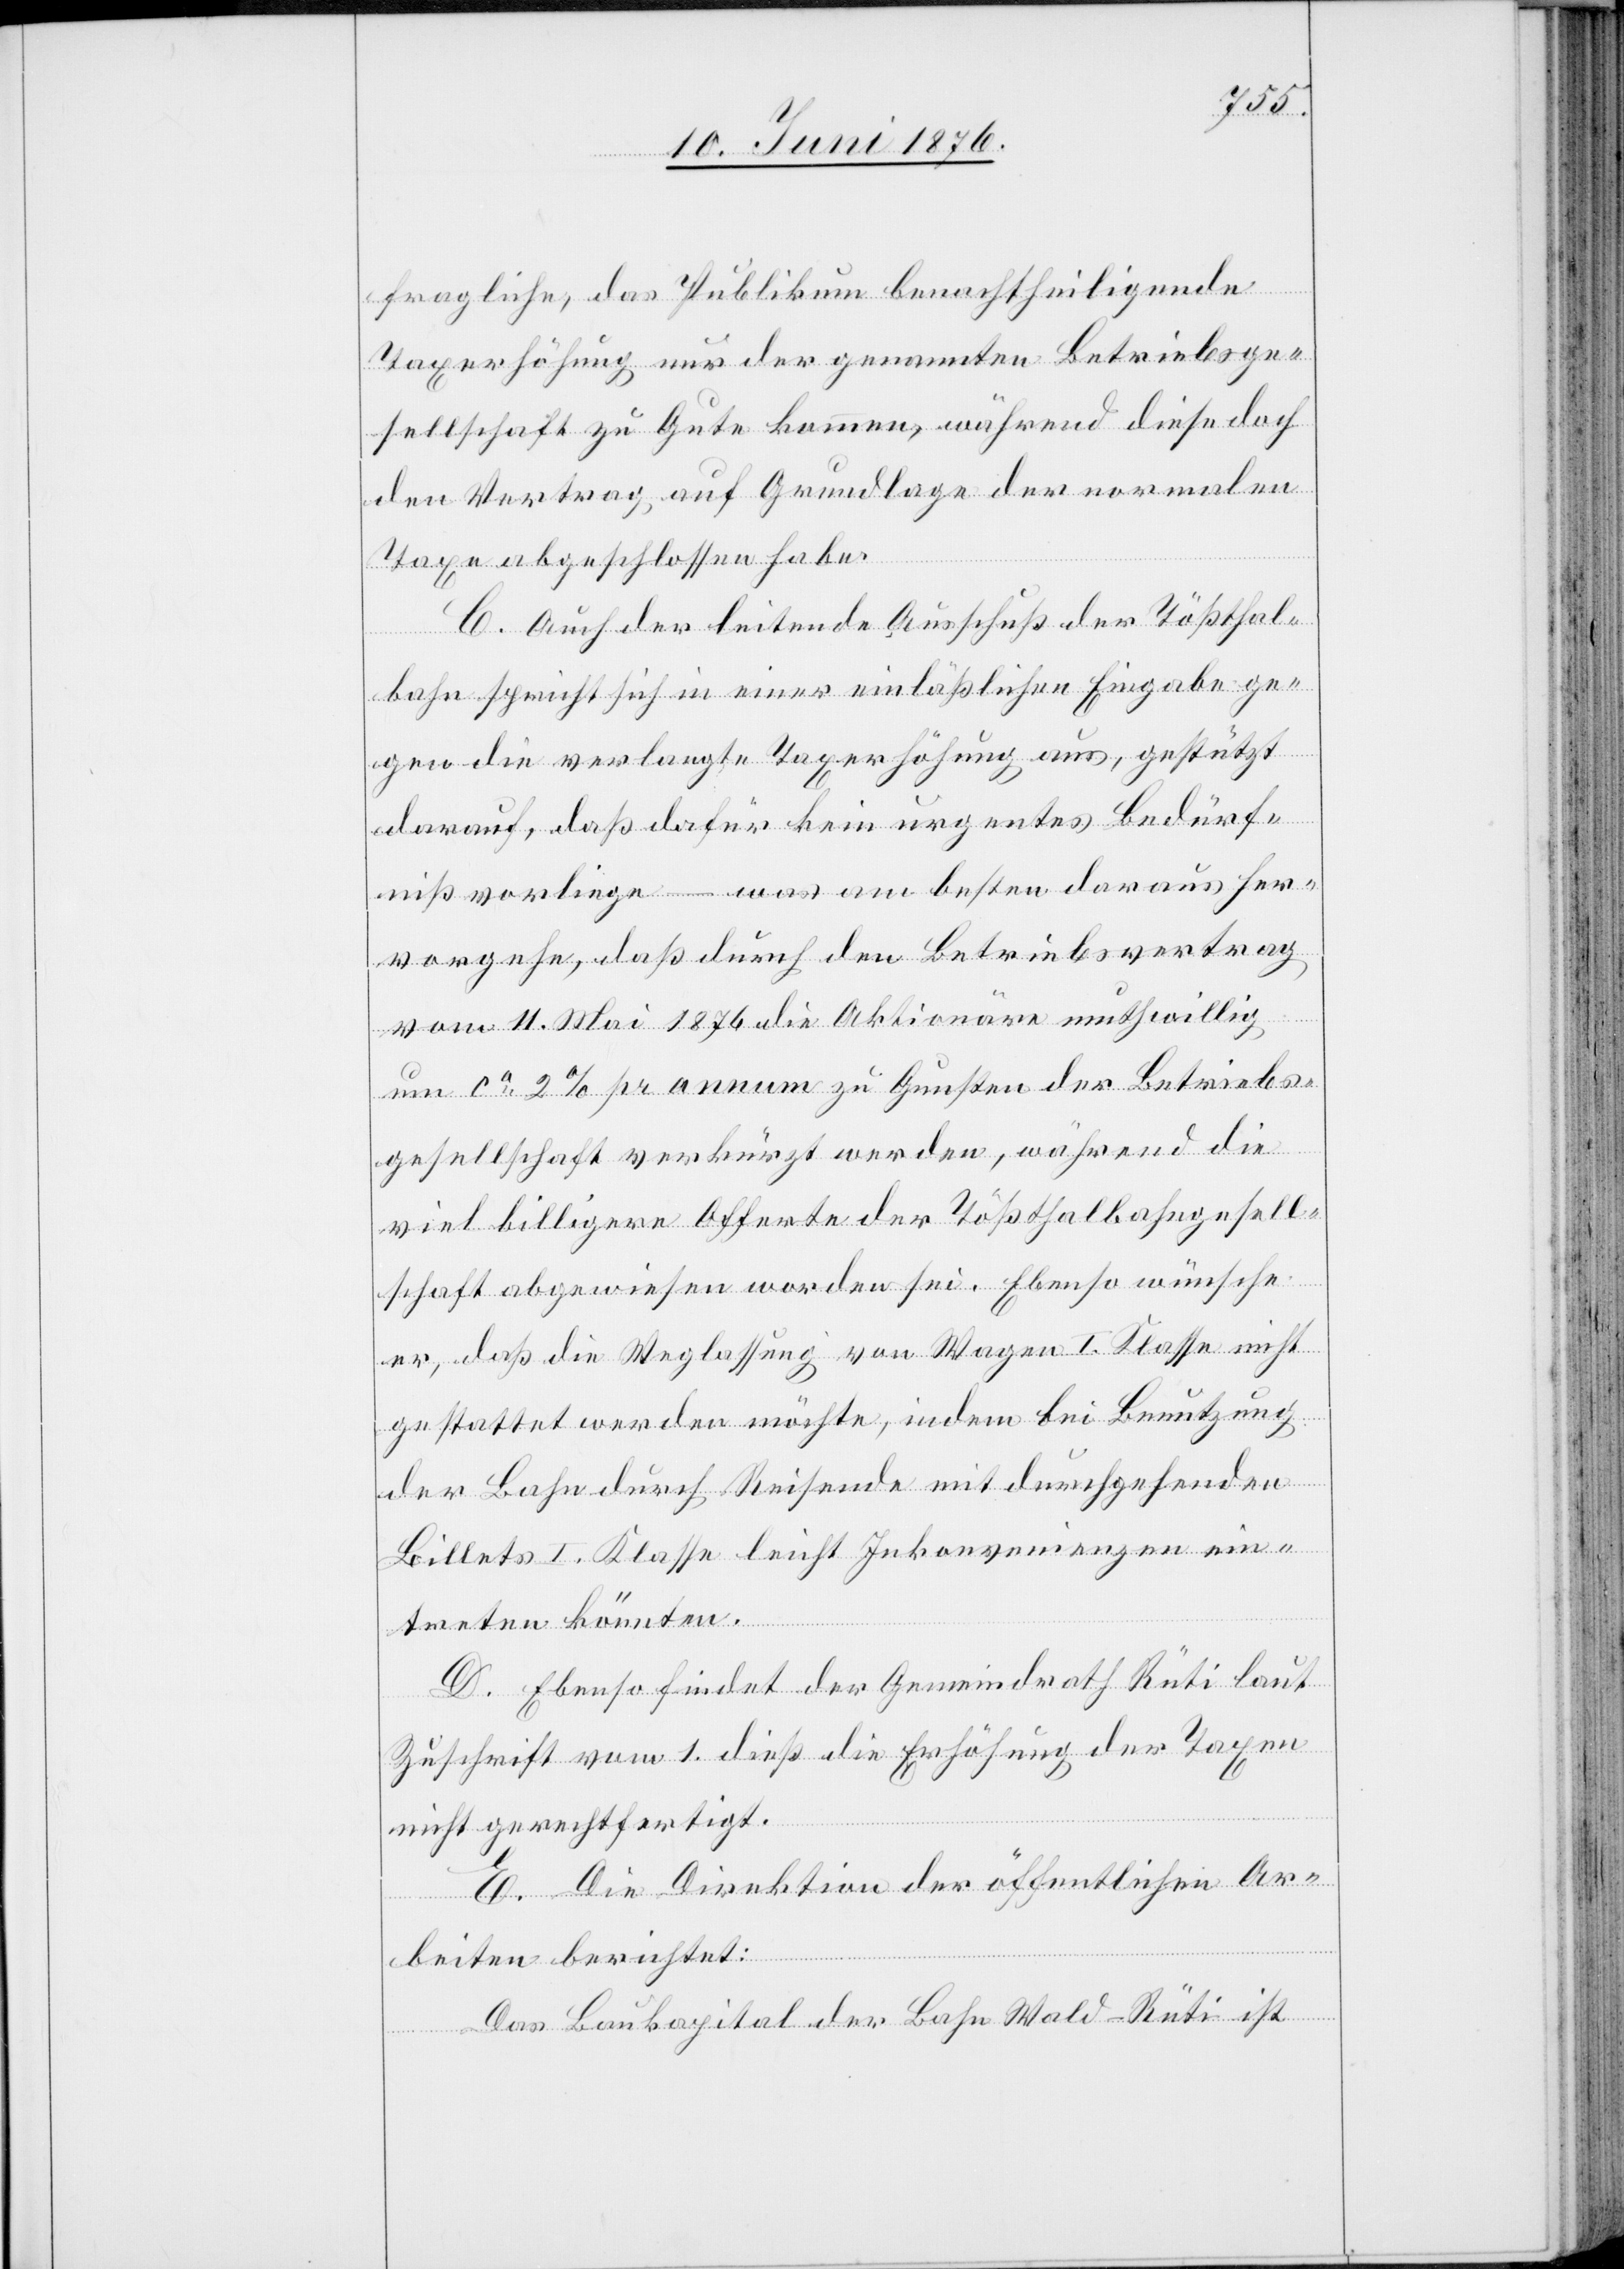
fragliche, das Publikum benachtheiligende
Taxerhöhung nur der genannten Betriebsge¬
sellschaft zu Gute kommen, währen diese doch
den Vertrag auf Grundlage der normalen
Taxe abgeschlossen habe.
C. Auch der leitende Ausschuß der Tößthal¬
bahn spricht sich in einer einläßlichen Eingabe ge¬
gen die verlangte Taxerhöhung aus, gestützt
darauf, daß dafür kein urgenten Bedürf¬
niß vorliege – was am besten daraus her¬
vorgehe, daß durch den Betriebsvertrag
vom 11. Mai 1876 die Aktionäre muthwillig
um ca 2 % pr annum zu Gunsten der Betriebs¬
gesellschaft verkürzt werden, während die
viel billigere Offerte der Tößthalbahngesell¬
schaft abgewiesen worden sei. Ebenso wünsche
er, daß die Weglassung von Wagen I. Klasse nicht
gestattet werden möchte, indem bei Benutzung
der Bahn durch Reisende mit durchgehenden
Billets I. Klasse leicht Inkonvenienzen ein¬
treten könnten.
D. Ebenso findet der Gemeindrath Rüti laut
Zuschrift vom 1. dieß die Erhöhung der Taxen
nicht gerechtfertigt.
E. Die Direktion der öffentlichen Ar¬
beiten berichtet:
Das Baukapital der Bahn Wald–Rüti ist